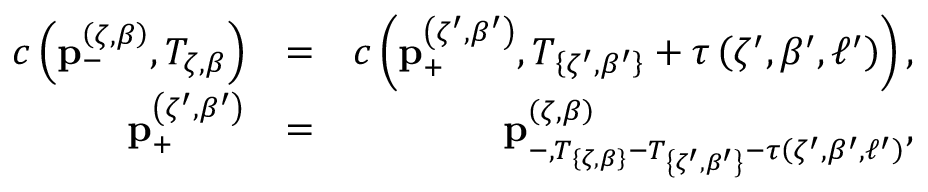
\begin{array} { r l r } { c \left( \mathbf { p } _ { - } ^ { \left( \zeta , \beta \right) } , T _ { \zeta , \beta } \right) } & { = } & { c \left( \mathbf { p } _ { + } ^ { \left( \zeta ^ { \prime } , \beta ^ { \prime } \right) } , T _ { \left\{ \zeta ^ { \prime } , \beta ^ { \prime } \right\} } + \tau \left( \zeta ^ { \prime } , \beta ^ { \prime } , \ell ^ { \prime } \right) \right) , } \\ { \mathbf { p } _ { + } ^ { \left( \zeta ^ { \prime } , \beta ^ { \prime } \right) } } & { = } & { \mathbf { p } _ { - , T _ { \left\{ \zeta , \beta \right\} } - T _ { \left\{ \zeta ^ { \prime } , \beta ^ { \prime } \right\} } - \tau \left( \zeta ^ { \prime } , \beta ^ { \prime } , \ell ^ { \prime } \right) } ^ { \left( \zeta , \beta \right) } , } \end{array}